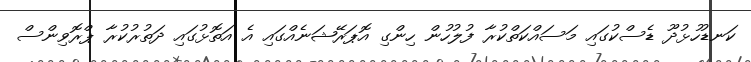
ކަނޑުހުޅުދޫ ޑެސްކުގައި މަސައްކަތްކުރާ ފުލުހުން ހިންގި އޮޕަރޭޝަނެއްގައި އެ އަތޮޅުގައި ދަތުރުކުރާ ޕްރޮވިންސް